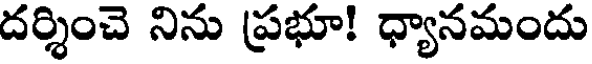
దర్శించె నిను ప్రభూ! ధ్యానమందు